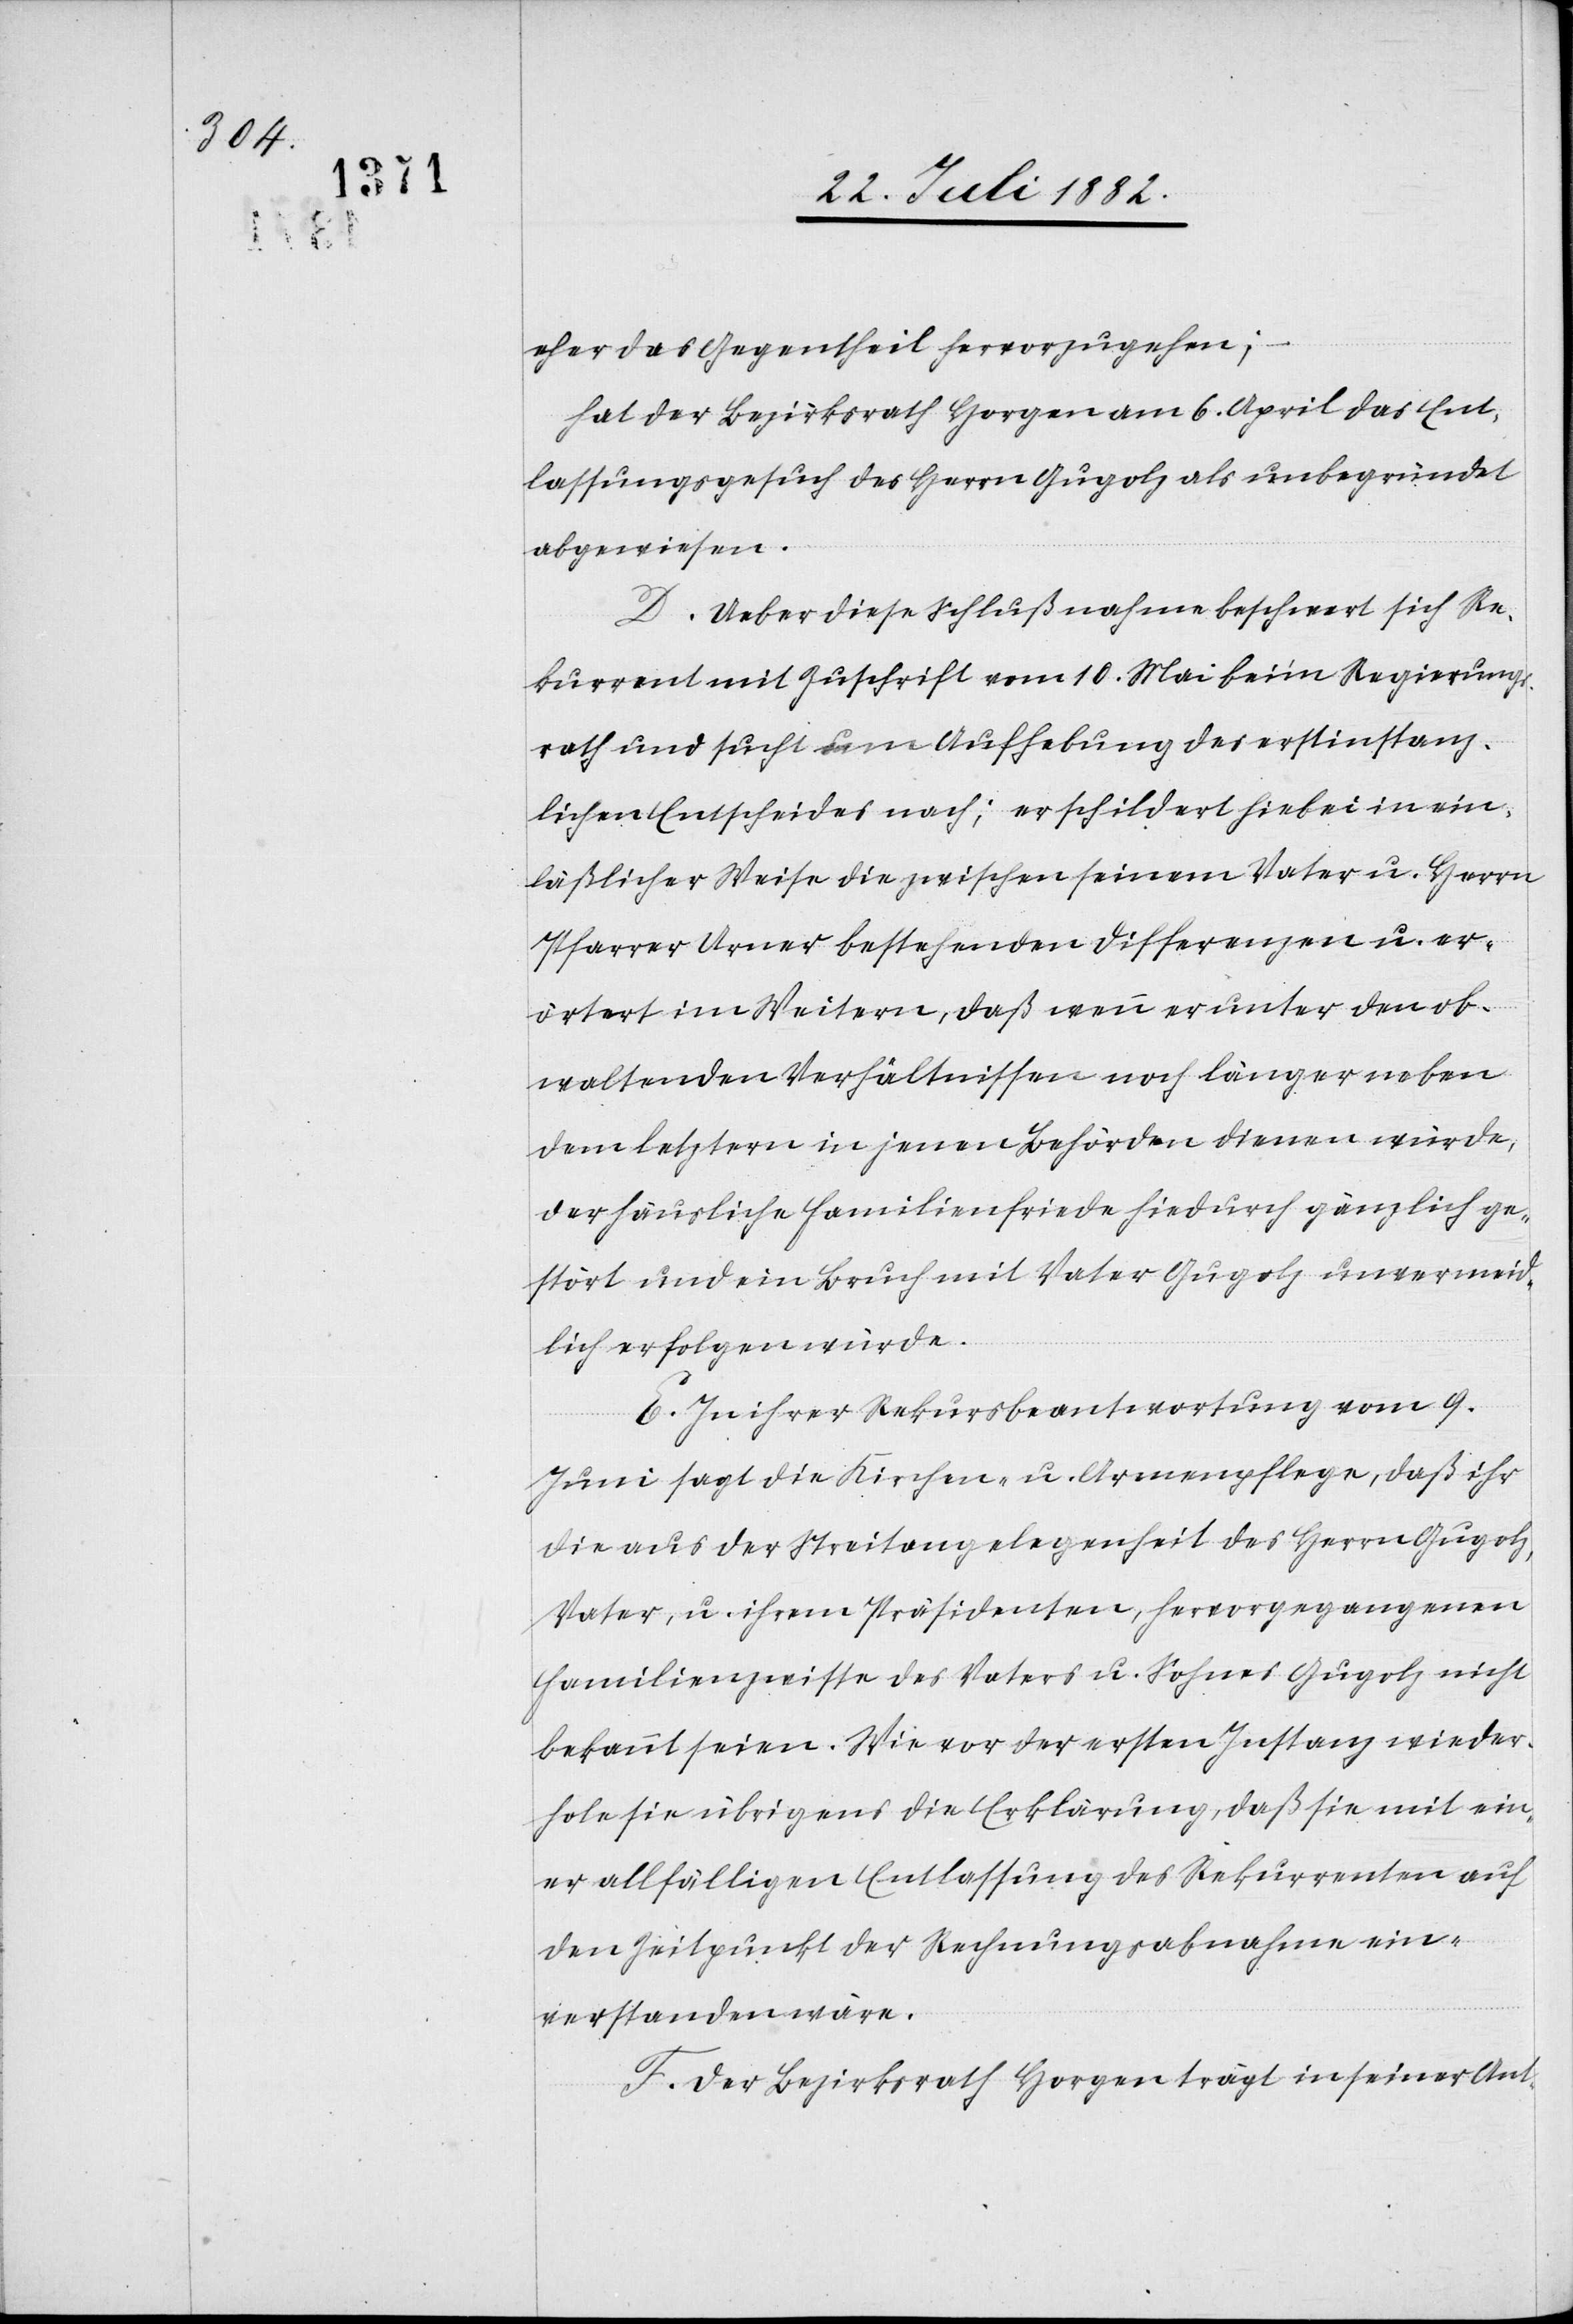
eher das Gegentheil hervorzugehen;
hat der Bezirksrath Horgen am 6. April das Ent¬
lassungsbegehren des Herrn Gugolz als unbegründet
abgewiesen.
D. Ueber diese Schlußnahme beschwert sich Re¬
kurrent mit Zuschrift vom 10. Mai beim Regierung¬
srath und sucht um Aufhebung des erstinstanz¬
lichen Entscheides nach; er schildert hiebei in ein¬
läßlicher Weise die zwischen seinem Vater u. Herrn
Pfarrer Urner bestehenden Differenzen u. er¬
örtert im Weitern, daß wenn er unter den ob¬
waltenden Verhältnissen noch länger neben
dem letztern in jenen Behörden dienen würde,
der häusliche Familienfriede hiedurch gänzlich ge¬
stört und ein Bruch mit Vater Gugolz unvermeid¬
lich erfolgen würde.
E. In ihrer Rekursbeantwortung vom 9.
Juni sagt die Kirchen- u. Armenpflege, daß ihr
die aus der Streitangelegenheit des Herrn Gugolz,
Vater, u. ihrem Präsidenten, hervorgegangenen
Familienzwiste des Vaters u. Sohnes Gugolz nicht
bekannt seien. Wie vor der ersten Instanz wieder¬
hole sie übrigens die Erklärung, daß sie mit ein¬
er allfälligen Entlassung des Rekurrenten auf
den Zeitpunkt der Rechnungsabnahme ein¬
verstanden wäre.
F. Der Bezirksrath Horgen trägt in seiner Ant-